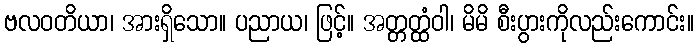
ဗလဝတိယာ၊ အားရှိသော။ ပညာယ၊ ဖြင့်။ အတ္တတ္ထံဝါ၊ မိမိ စီးပွားကိုလည်းကောင်း။